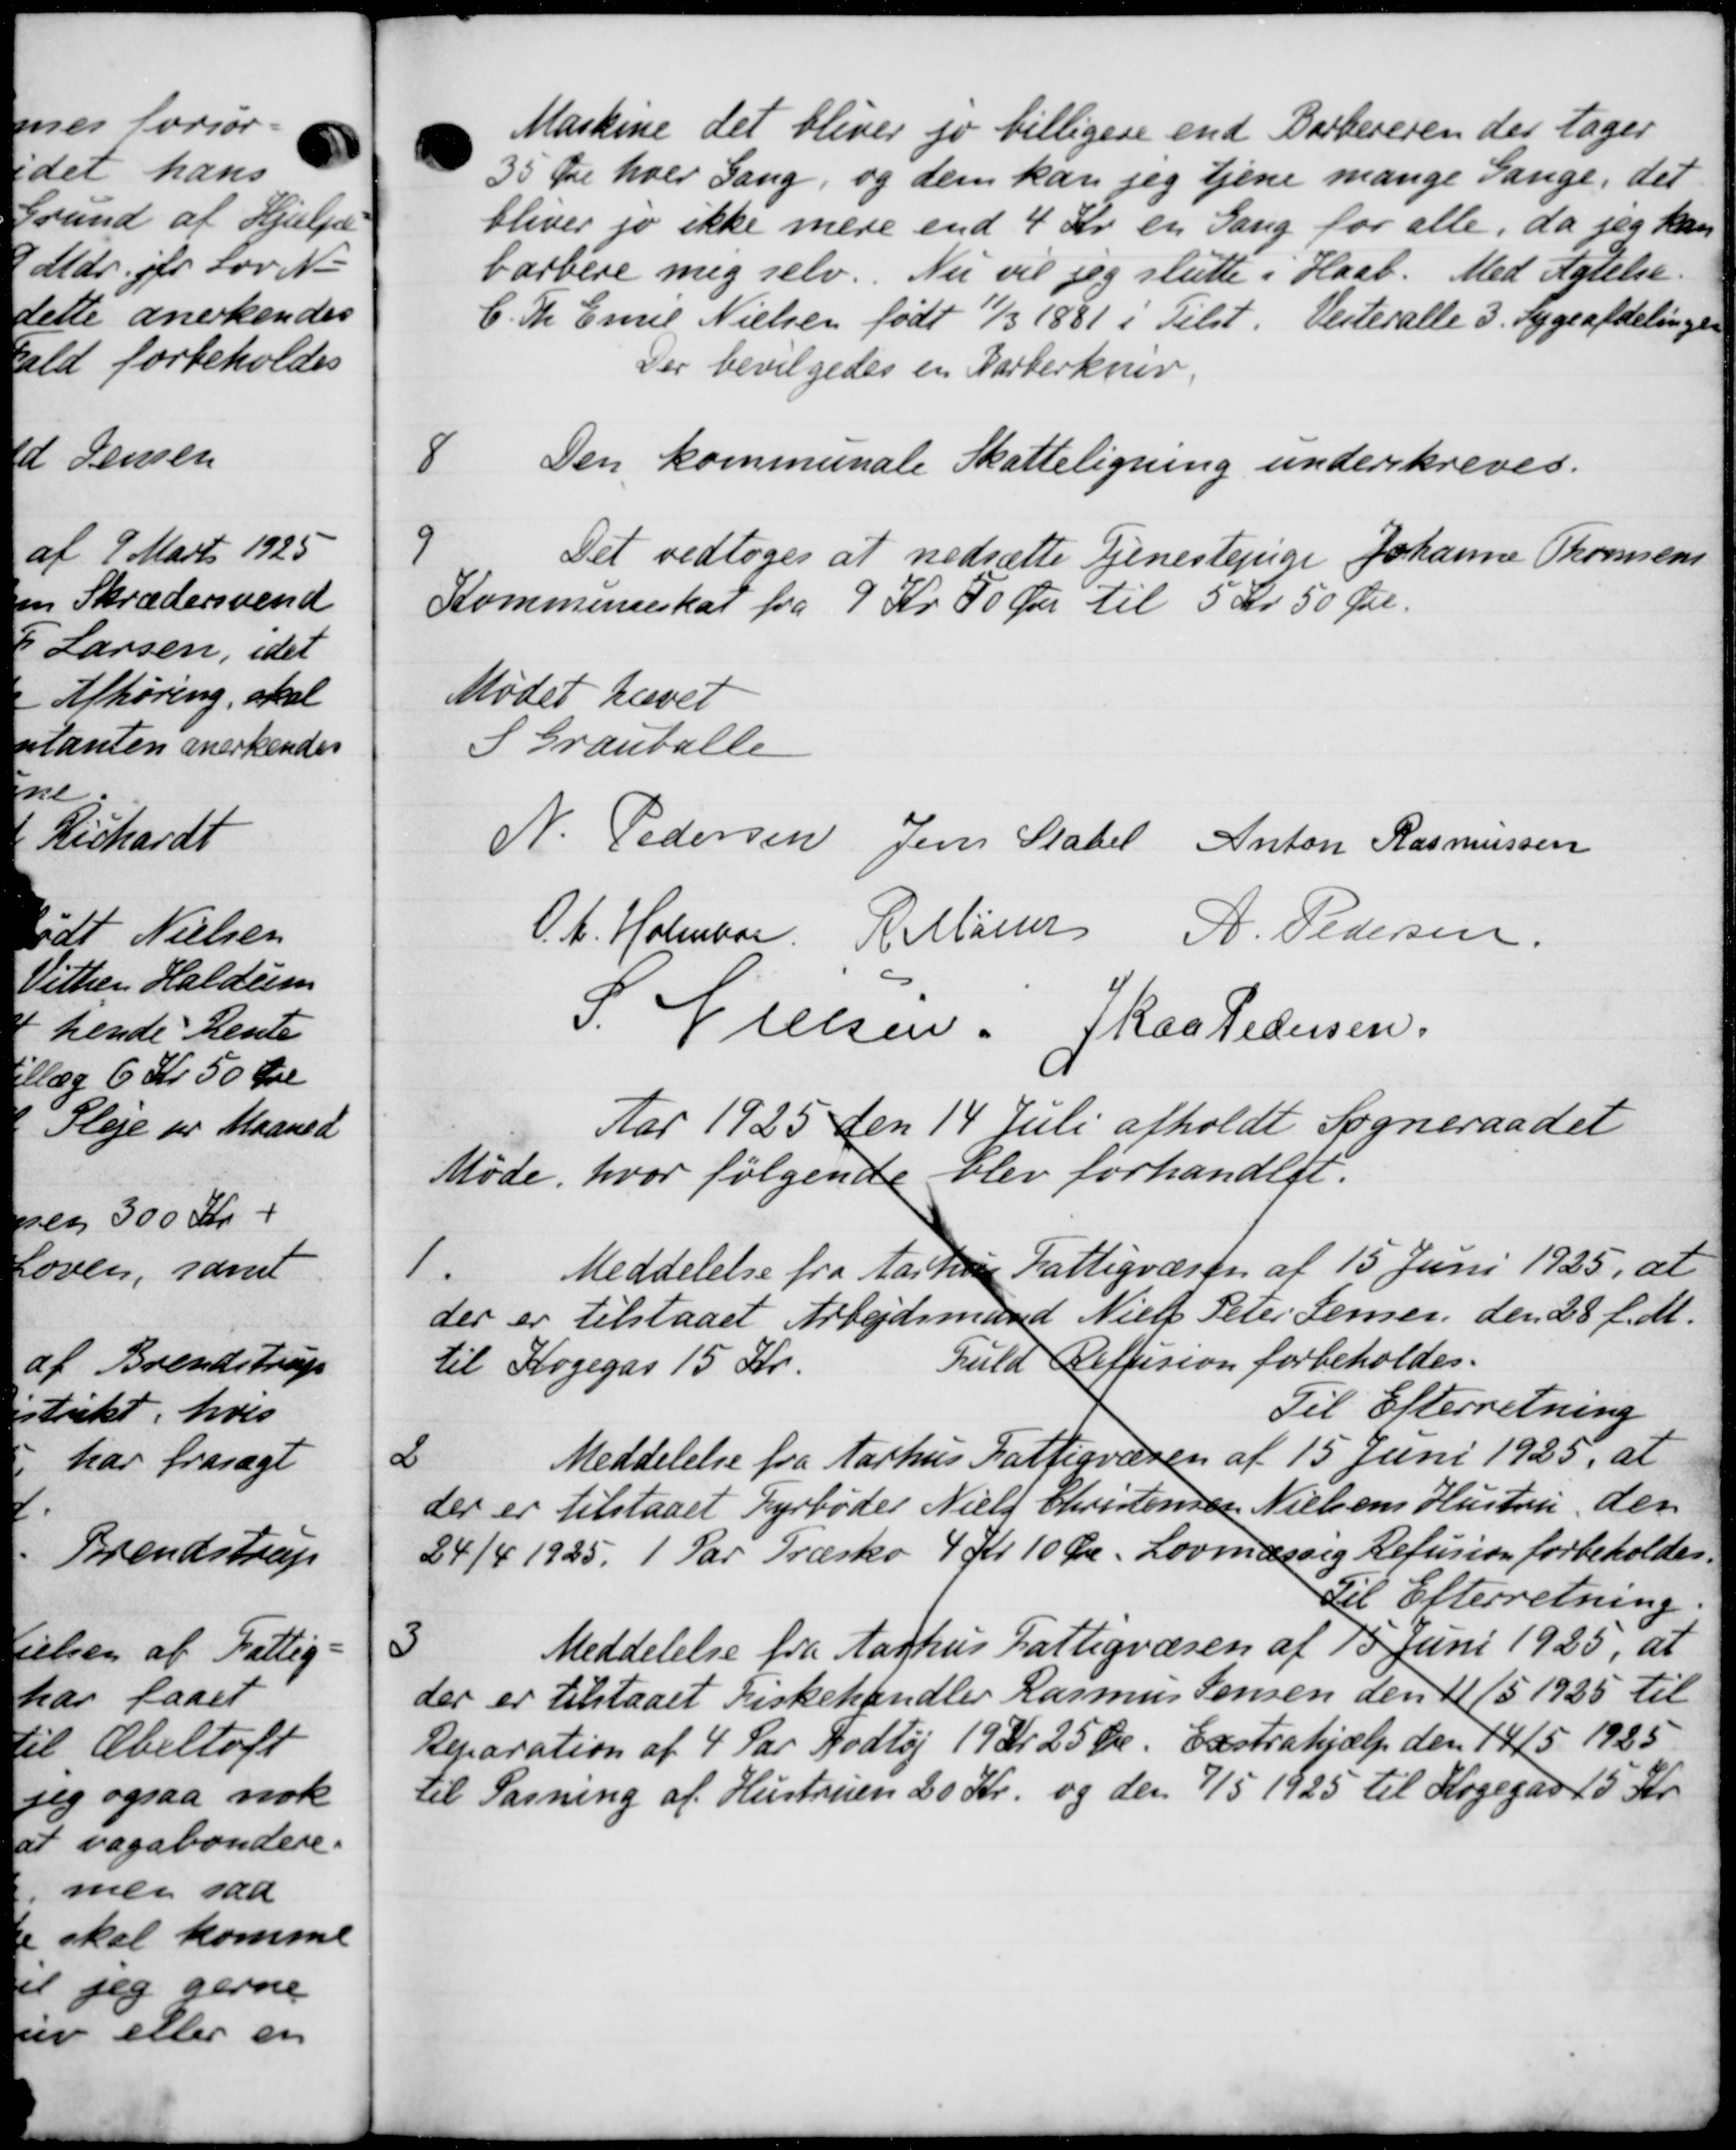
Transskription:
Maskine det bliver jo billigere end Barbereren der tager
35 Øre hver Gang, og dem kan jeg tjene mange Gange, det
bliver jo ikke mere end 4 Kr. en Gang for alle, da jeg kan
barbere mig selv. Nu vil jeg slutte i Haab. Med Ugtelse.
C. Th. Emil Nielsen født 11/3 1881 i Tilst. Vesteralle 3. Sygeafdelingen
Der bevilgedes en Parterkner.
8
Den kommunale Skatteligning underskreves.
9
Det vedtoges at nedsætte Tjenestejnige Johanne Thomsens
Kommuneskat fra 9 Kr 50 Øre til 5 Kr 50 Øre.
Mødet hævet
S Grauballe
N. Pedersen Jens Stabel Anton Rasmussen
P. A. Holmber R. Møller A. Pedersen
P. Nielsen. Skaa Pedersen
Aar 1925 den 14 Juli afholdt Sogneraadet
Møde, hvor følgende blev forhandlet.
Meddelelse fra Aarhus Fattigvæsen af 15 Juni 1925, at
1.
der er tilstaaet Arbejdsmand Niels Peter Jensen den 28 f. M.
til Kogegas 15 Kr.
fuld Refusion forbeholdes.
Til Efterretning
2
Meddelelse fra Aarhus Fattigvæsen af 15 Juni 1925, at
der er tilstaaet Fyrbøder Niels Christensen Nielsens Hustru, der
24/4 1925. 1 Par Træsko 4 Kr 10 Øre. Lovmæssig Refusion forbeholdes.
Til Efterretning.
3
Meddelelse fra Aarhus Fattigvæsen af 15 Juni 1925, at
der er tilstaaet Fiskehandler Rasmus Jensen den 11/5 1925 til
Reparation af 4 Par Godtøj 19 Kr 25 Øre. Exstrahjælp den 14/5 1925
til Sasning af Hustruen 20 Kr. og den 7/5 1925 til Kogegar 15 Kr.